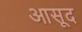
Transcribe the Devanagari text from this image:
आसूद